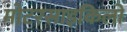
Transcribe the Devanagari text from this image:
मोटरसाइकिलो